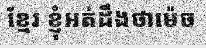
ខ្មែរ ខ្ញុំអត់ដឹងថាម៉េច